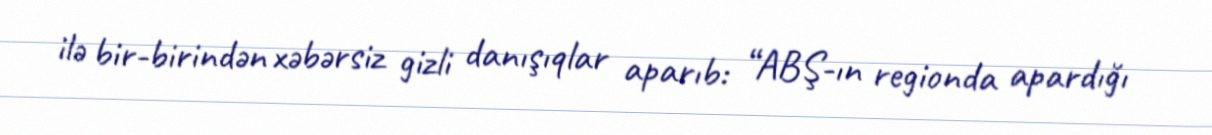
ilə bir-birindən xəbərsiz gizli danışıqlar aparıb: “ABŞ-ın regionda apardığı